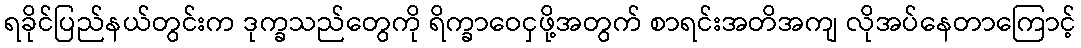
ရခိုင်ပြည်နယ်တွင်းက ဒုက္ခသည်တွေကို ရိက္ခာဝေငှဖို့အတွက် စာရင်းအတိအကျ လိုအပ်နေတာကြောင့်